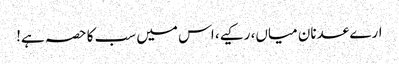
ارے عدنان میاں، رکیے، اس میں سب کا حصہ ہے!